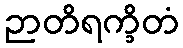
ဉာတိရက္ခိတံ